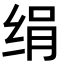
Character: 绢